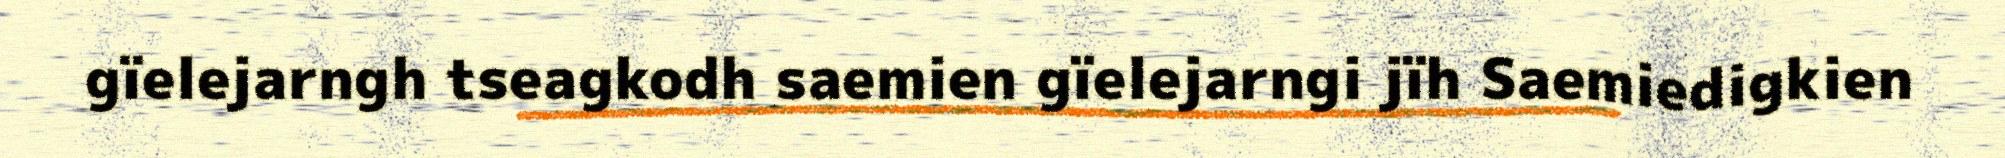
gïelejarngh tseagkodh saemien gïelejarngi jïh Saemiedigkien